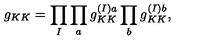
g _ { K K } = \prod _ { I } \prod _ { a } g _ { K K } ^ { ( I ) a } \prod _ { b } g _ { K K } ^ { ( I ) b } ,